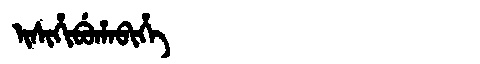
Manchu: ᡳᠰᡳᡥᡳᠪᡠᡥᠠᠪᡳᡥᡝ
Romanization: ISIHIBUHABIHE